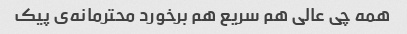
همه چی عالی هم سریع هم برخورد محترمانه‌ی پیک